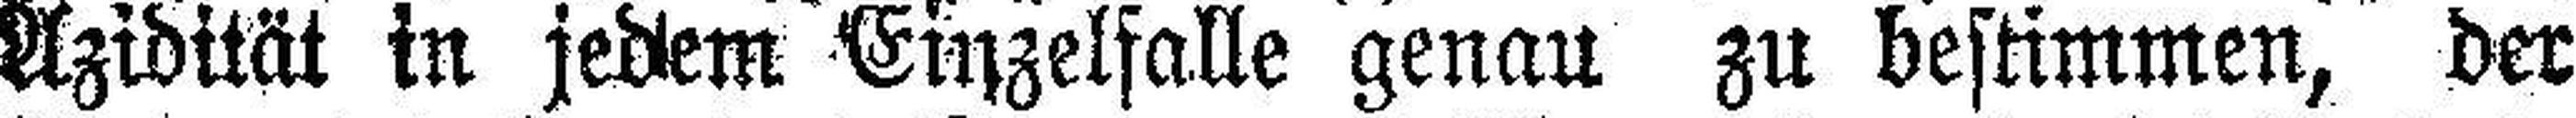
Azidität in jedem Einzelfalle genau zu bestimmen, der